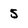
Character: 5